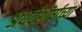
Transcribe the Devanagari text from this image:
अथर्वशीर्षाच्या